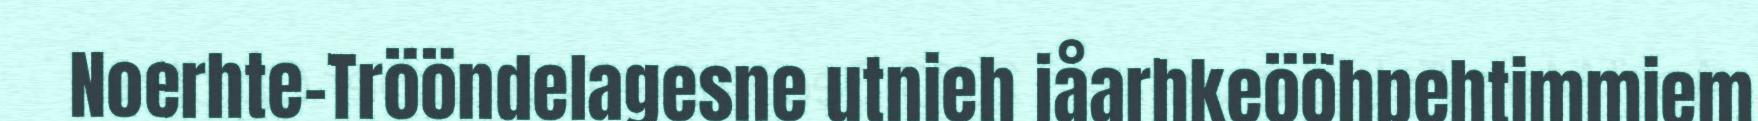
Noerhte-Trööndelagesne utnieh jåarhkeööhpehtimmiem